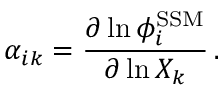
\alpha _ { i k } = \frac { \partial \ln \phi _ { i } ^ { \mathrm { S S M } } } { \partial \ln X _ { k } } \, .